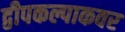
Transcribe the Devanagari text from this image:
द्वीपकल्पाकवर